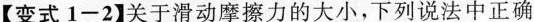
【变式1-2】关于滑动摩擦力的大小，下列说法中正确